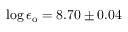
\log { \epsilon _ { \mathrm { o } } } = 8 . 7 0 \pm 0 . 0 4